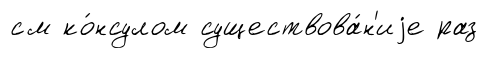
см ко́нсулом существова́н'иjе раз